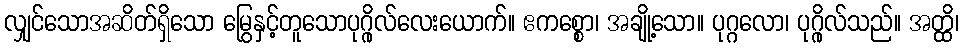
လျှင်သောအဆိတ်ရှိသော မြွေနှင့်တူသောပုဂ္ဂိုလ်လေးယောက်။ ဧကစ္စော၊ အချို့သော။ ပုဂ္ဂလော၊ ပုဂ္ဂိုလ်သည်။ အတ္ထိ၊